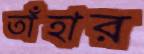
তাঁহার